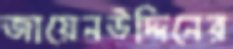
জায়েনউদ্দিনের